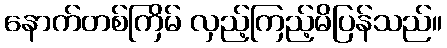
နောက်တစ်ကြိမ် လှည့်ကြည့်မိပြန်သည်။